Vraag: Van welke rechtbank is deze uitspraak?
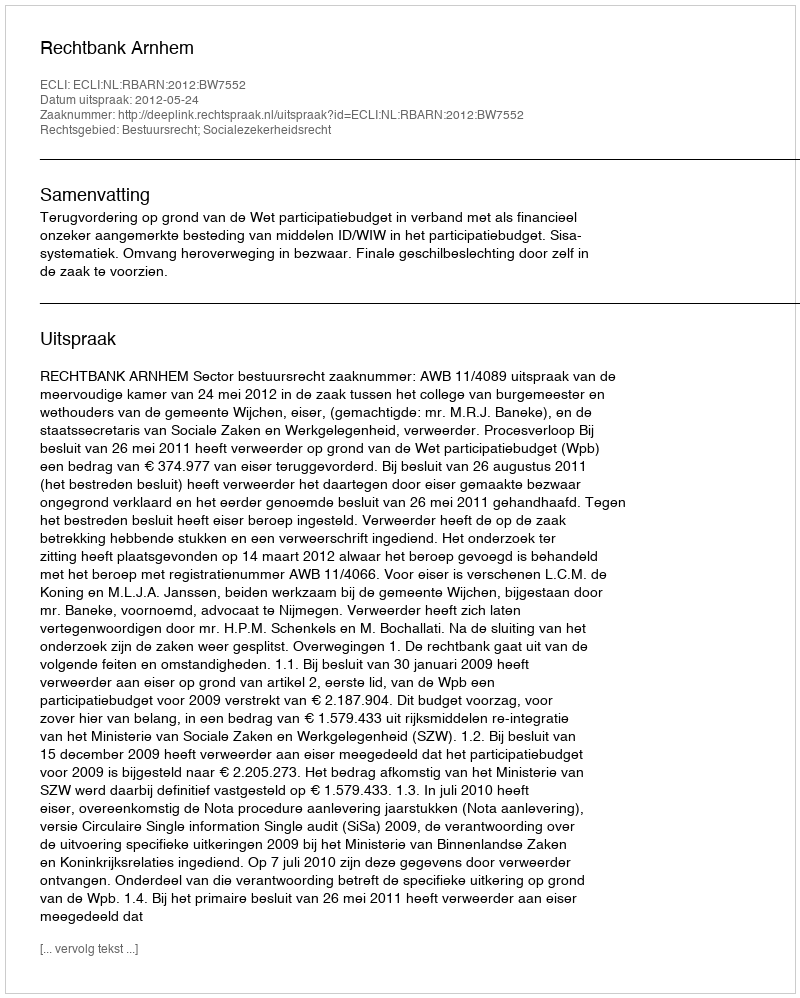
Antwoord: Rechtbank Arnhem